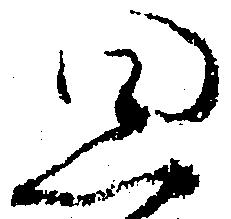
思